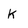
Character: k